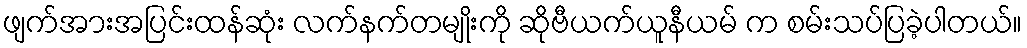
ဖျက်အားအပြင်းထန်ဆုံး လက်နက်တမျိုးကို ဆိုဗီယက်ယူနီယမ် က စမ်းသပ်ပြခဲ့ပါတယ်။